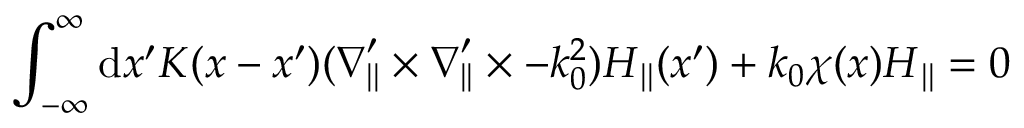
\int _ { - \infty } ^ { \infty } \mathrm { d } x ^ { \prime } K ( x - x ^ { \prime } ) ( \ensuremath { \boldsymbol { \nabla } } _ { | | } ^ { \prime } \times \ensuremath { \boldsymbol { \nabla } } _ { | | } ^ { \prime } \times - k _ { 0 } ^ { 2 } ) \ensuremath { \boldsymbol { H } } _ { | | } ( x ^ { \prime } ) + k _ { 0 } \chi ( x ) \ensuremath { \boldsymbol { H } } _ { | | } = 0